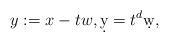
LaTeX: \begin{align*}y:=x-tw, \d y=t^{d}\d w,\end{align*}